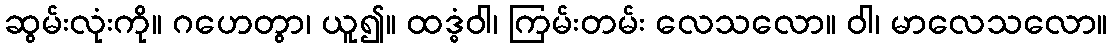
ဆွမ်းလုံးကို။ ဂဟေတွာ၊ ယူ၍။ ထဒ္ဓံဝါ၊ ကြမ်းတမ်း လေသလော။ ဝါ၊ မာလေသလော။